Problem: 4 × 5 = ?
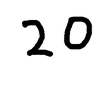
Handwritten answer: 20